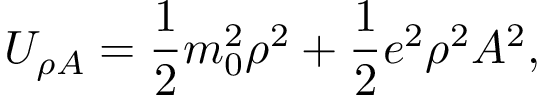
U _ { \rho A } = { \frac { 1 } { 2 } } m _ { 0 } ^ { 2 } \rho ^ { 2 } + { \frac { 1 } { 2 } } e ^ { 2 } \rho ^ { 2 } A ^ { 2 } ,